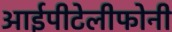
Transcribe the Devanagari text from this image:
आईपीटेलीफोनी